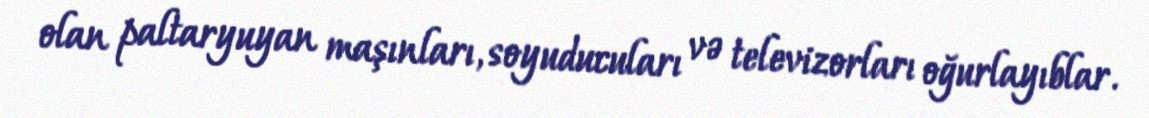
olan paltaryuyan maşınları, soyuducuları və televizorları oğurlayıblar.